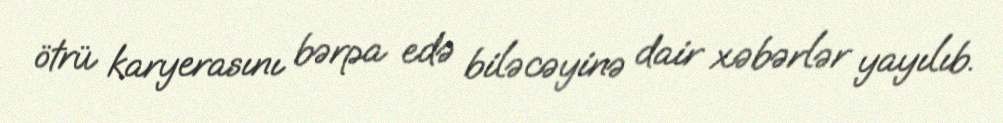
ötrü karyerasını bərpa edə biləcəyinə dair xəbərlər yayılıb.